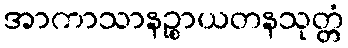
အာကာသာနဉ္စာယတနသုတ္တံ